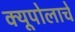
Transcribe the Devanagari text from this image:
क्यूपोलाचे